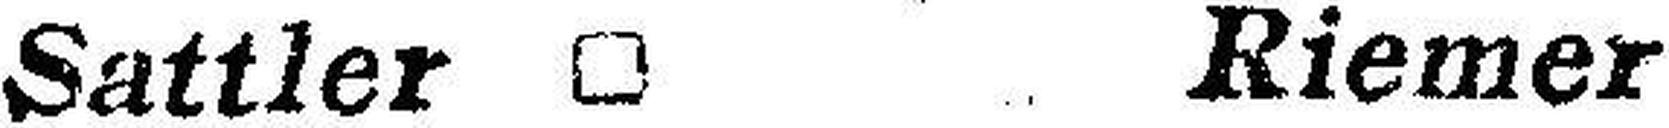
Sattler □ Riemer